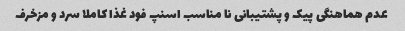
عدم هماهنگی پیک و پشتیبانی نا مناسب اسنپ فود غذا کاملا سرد و مزخرف